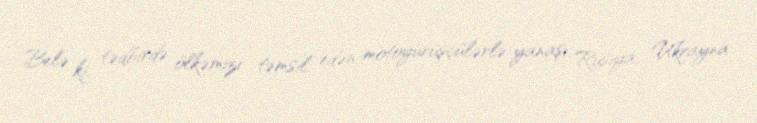
Belə ki, tədbirdə ölkəmizi təmsil edən motoyürüşçülərlə yanaşı Rusiya, Ukrayna